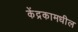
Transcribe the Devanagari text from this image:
केंद्रकामधील